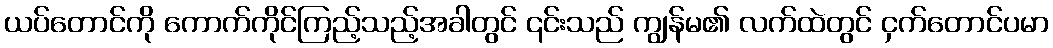
ယပ်တောင်ကို ကောက်ကိုင်ကြည့်သည့်အခါတွင် ၎င်းသည် ကျွန်မ၏ လက်ထဲတွင် ငှက်တောင်ပမာ